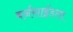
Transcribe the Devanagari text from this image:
बर्नसाईडला